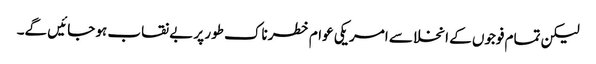
لیکن تمام فوجوں کے انخلا سے امریکی عوام خطرناک طور پر بے نقاب ہو جائیں گے۔